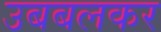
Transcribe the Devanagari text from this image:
उबबलकर